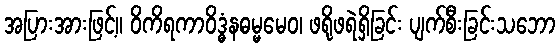
အပြားအားဖြင့်။ ဝိကိရကာဝိဒ္ဓံနဓမ္မမေဝ၊ ဖရိုဖရဲရှိခြင်း ပျက်စီးခြင်းသဘော